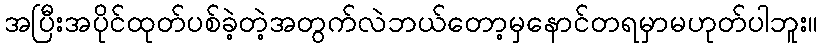
အပြီးအပိုင်ထုတ်ပစ်ခဲ့တဲ့အတွက်လဲဘယ်တော့မှနောင်တရမှာမဟုတ်ပါဘူး။